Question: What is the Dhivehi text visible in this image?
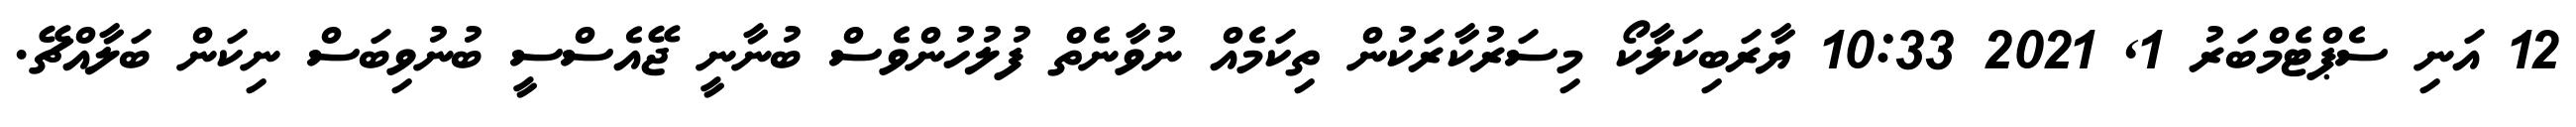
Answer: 12 އަނި ސެޕްޓެމްބަރު 1, 2021 10:33 ޔާރަބިކަލާކޯ މިސަރުކާރަކުން ތިކަމެއް ނުވާނެތް ފުލުހުންވެސް ބުނާނީ ޖޭއެސްސީ ބުނުވިބަސް ނިކަން ބަލާއްޗޭ.